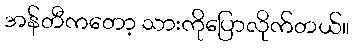
အန်တီကတော့ သားကိုပြောလိုက်တယ်။